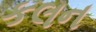
કલન